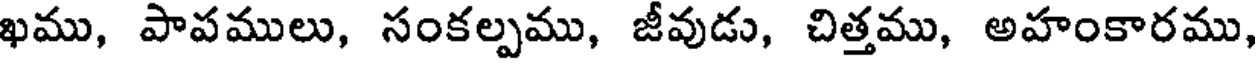
ఖము, పాపములు, సంకల్పము, జీవుడు, చిత్తము, అహంకారము,